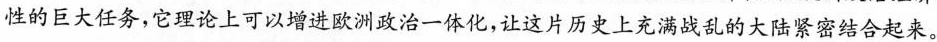
性的巨大任务，它理论上可以增进欧洲政治一体化，让这片历史上充满战乱的大陆紧密结合起来。